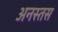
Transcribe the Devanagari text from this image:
अनस्तस